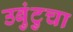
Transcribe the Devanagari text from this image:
उबुंटुचा